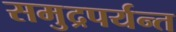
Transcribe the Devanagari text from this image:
समुद्रपर्यन्त